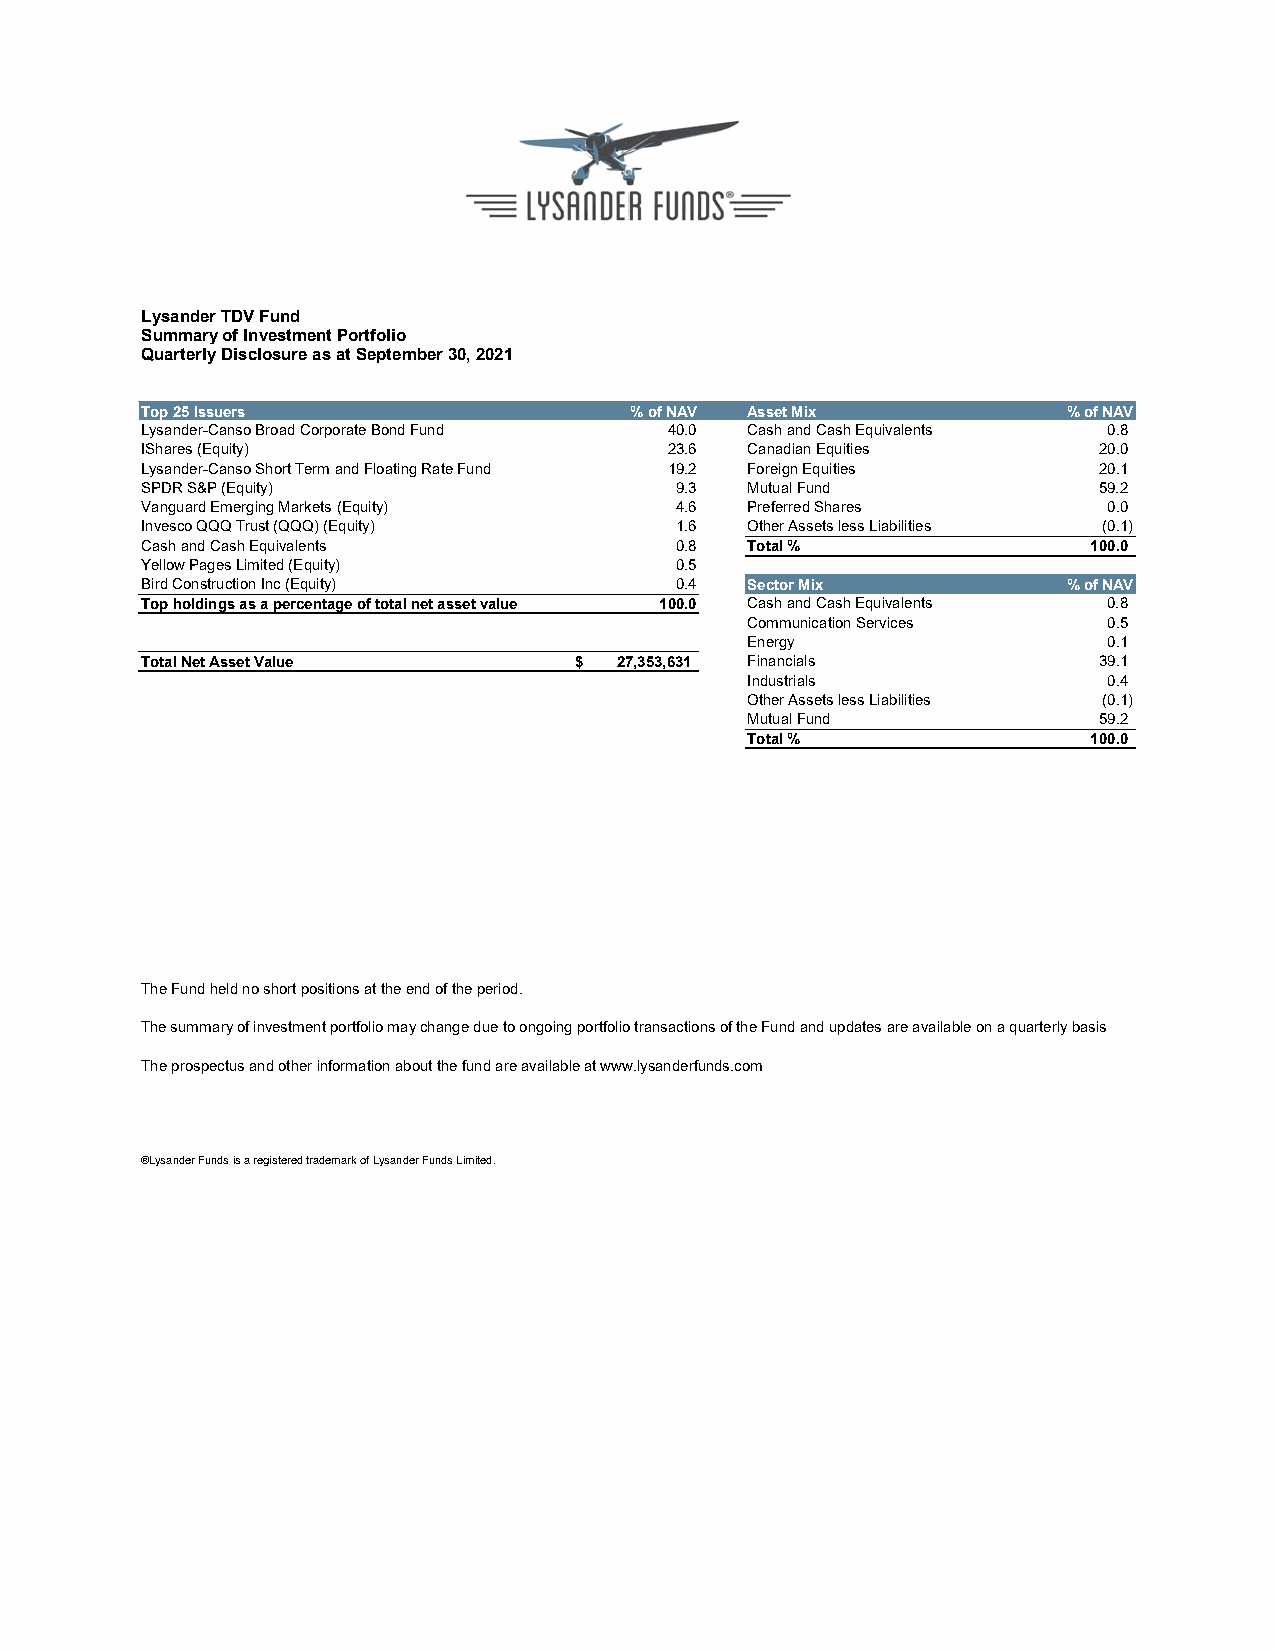
Lysander TDV Fund
 Summary of Investment Portfolio
 Quarterly Disclosure as at September 30, 2021
 Top 25 Issuers                   % of NAV Asset Mix           % of NAV
 Lysander-Canso Broad Corporate Bond Fund 40.0 Cash and Cash Equivalents 0.8
 IShares (Equity)                   23.6 Canadian Equities       20.0
 Lysander-Canso Short Term and Floating Rate Fund 19.2 Foreign Equities 20.1
 SPDR S&P (Equity)                   9.3 Mutual Fund             59.2
 Vanguard Emerging Markets (Equity)  4.6 Preferred Shares        0.0
 Invesco QQQ Trust (QQQ) (Equity)    1.6 Other Assets less Liabilities (0.1)
 Cash and Cash Equivalents           0.8 Total %                100.0
 Yellow Pages Limited (Equity)       0.5
 Bird Construction Inc (Equity)      0.4 Sector Mix            % of NAV
 Top holdings as a percentage of total net asset value 100.0 Cash and Cash Equivalents 0.8
 Communication Services  0.5
 Energy                  0.1
 Total Net Asset Value        $  27,353,631 Financials           39.1
 Industrials             0.4
 Other Assets less Liabilities (0.1)
 Mutual Fund             59.2
 Total %                100.0
 The Fund held no short positions at the end of the period.
 The summary of investment portfolio may change due to ongoing portfolio transactions of the Fund and updates are available on a quarterly basis
 The prospectus and other information about the fund are available at www.lysanderfunds.com
 ®Lysander Funds is a registered trademark of Lysander Funds Limited.